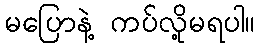
မပြောနဲ့ ကပ်လို့မရပါ။